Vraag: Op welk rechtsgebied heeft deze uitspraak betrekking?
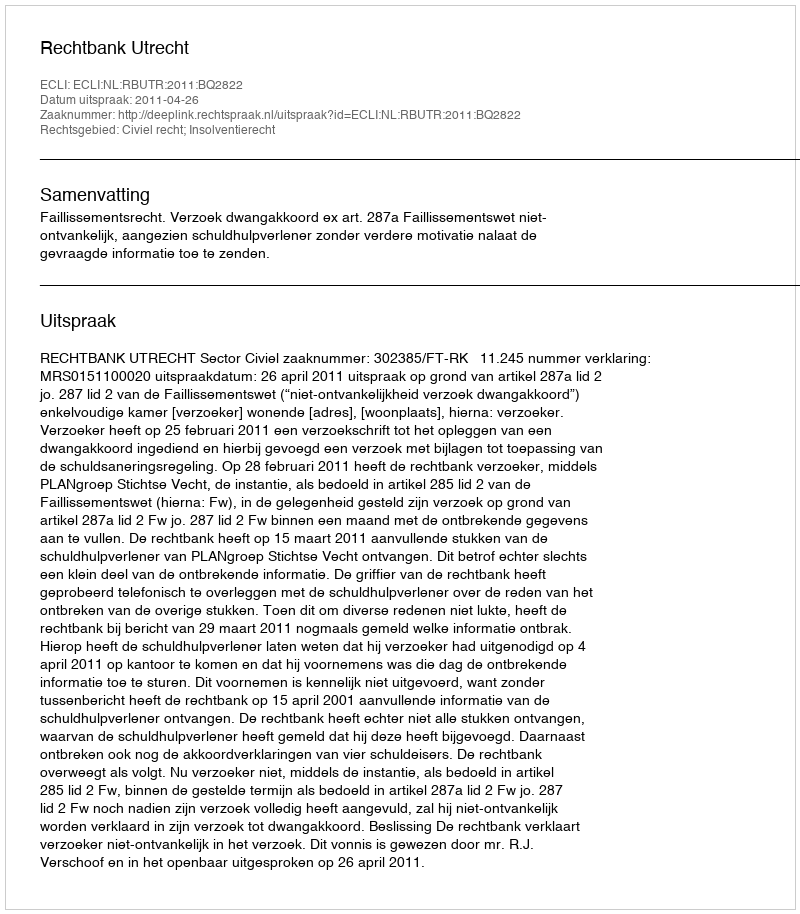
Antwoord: Civiel recht; Insolventierecht